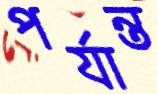
পর্যান্ত